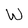
Character: W